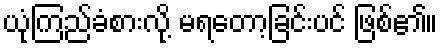
ယုံကြည်ခံစားလို့ မရတော့ခြင်းပင် ဖြစ်၏။